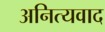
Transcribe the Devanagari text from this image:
अनित्यवाद